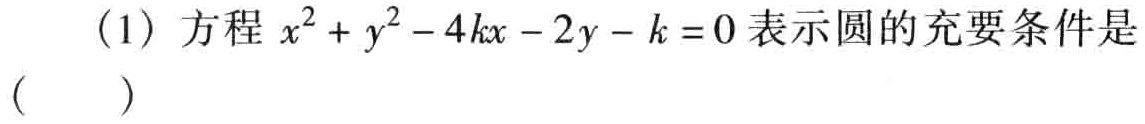
(1) 方程 \(x^{2}+y^{2}-4kx - 2y - k = 0\) 表示圆的充要条件是（  ）